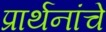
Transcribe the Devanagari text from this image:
प्रार्थनांचे